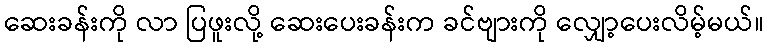
ဆေးခန်းကို လာ ပြဖူးလို့ ဆေးပေးခန်းက ခင်ဗျားကို လျှော့ပေးလိမ့်မယ်။